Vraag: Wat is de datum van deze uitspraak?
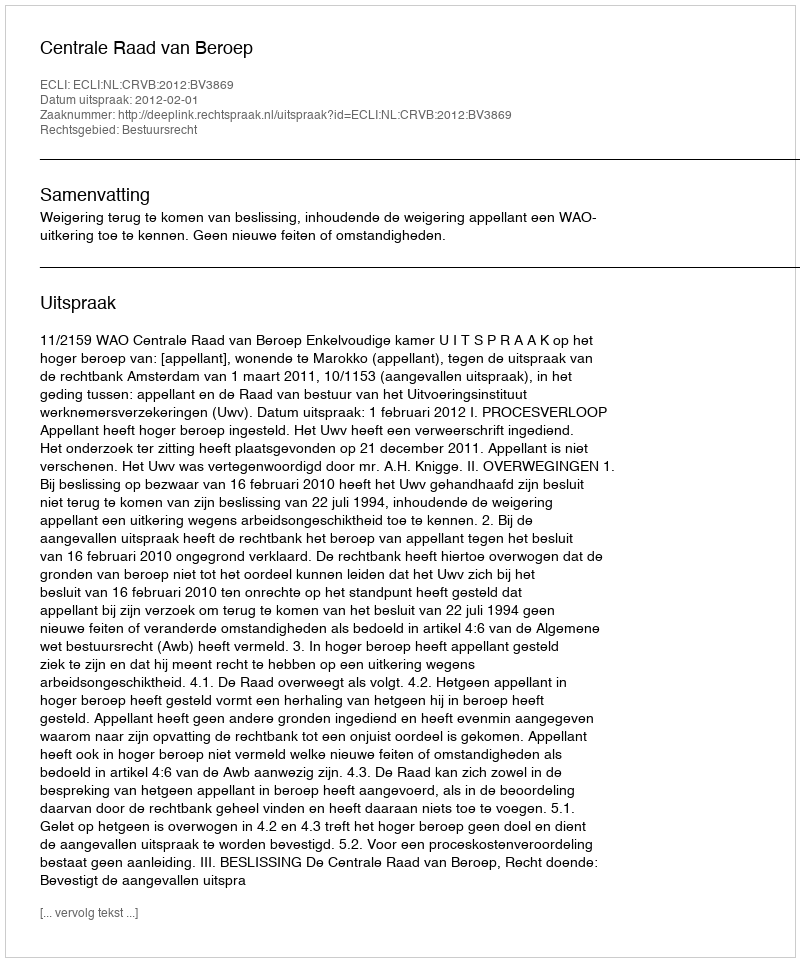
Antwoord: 2012-02-01